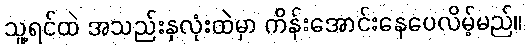
သူ့ရင်ထဲ အသည်းနှလုံးထဲမှာ ကိန်းအောင်းနေပေလိမ့်မည်။